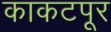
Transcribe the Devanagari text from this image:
काकटपूर